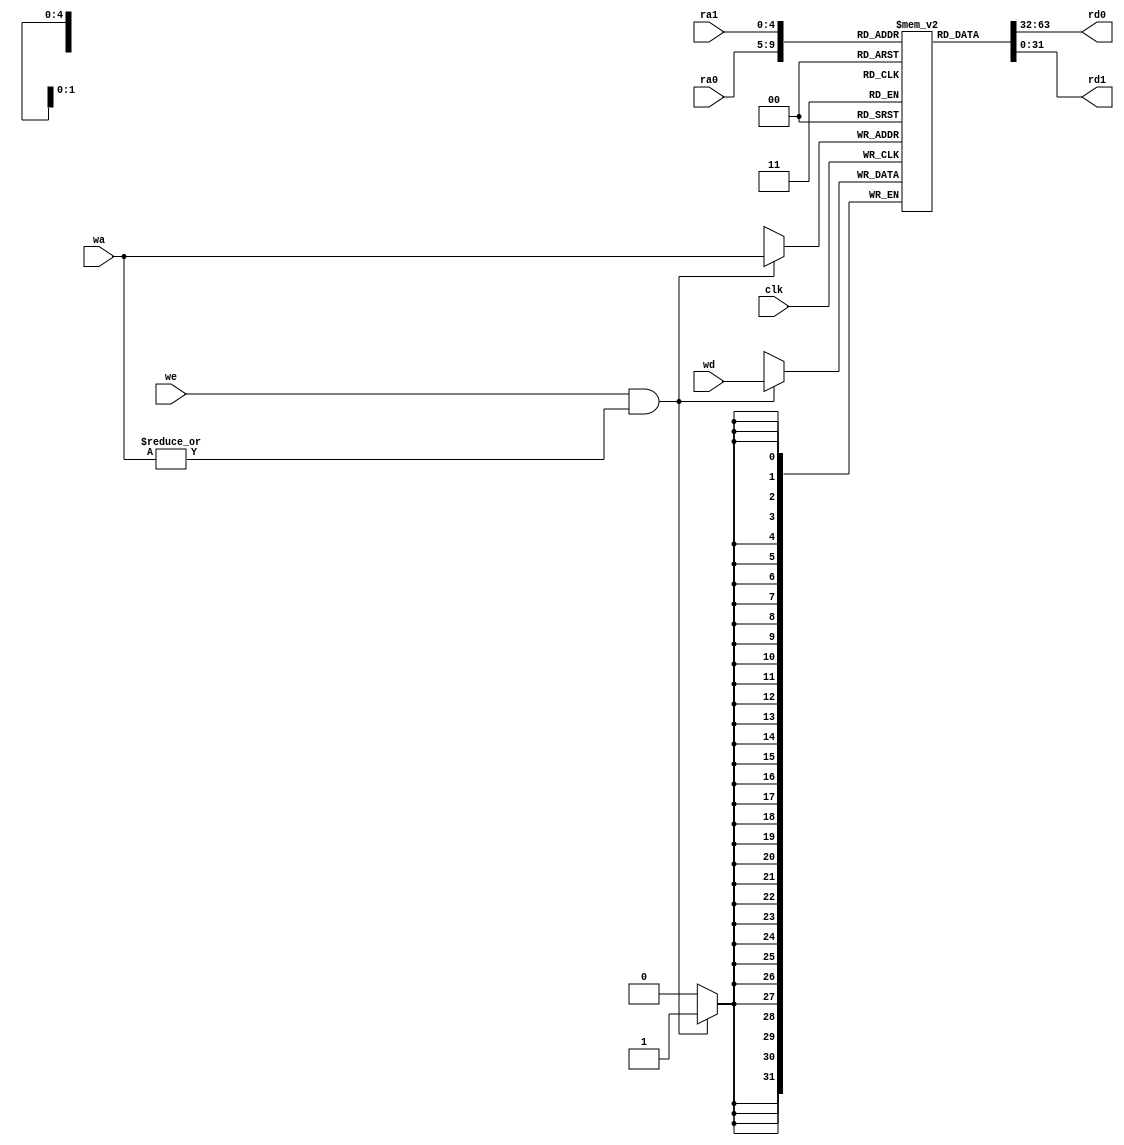
module register_file //  32 x WIDTH 
    #(parameter WIDTH = 32) // 
     (
         input clk, // 
         input[4: 0] ra0, // 0
         output[WIDTH - 1 : 0] rd0, // 0
         input[4: 0] ra1, // 1
         output[WIDTH - 1 : 0] rd1, // 1
         input[4: 0] wa, // 
         input we, // 
         input[WIDTH - 1 : 0] wd // 
     );
    reg [WIDTH - 1 : 0] regfile[0 : 31];
    reg [5: 0] i = 0;

    initial begin
        repeat(32) begin
            regfile[i] = 0;
            i = i + 1;
        end
    end

    assign rd0 = regfile[ra0], rd1 = regfile[ra1];
    always @ (posedge clk)begin
        if (we & ( | wa))
            regfile[wa] <= wd;
    end

endmodule